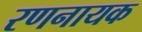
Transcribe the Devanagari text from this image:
रणनायक